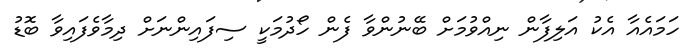
ހަމައެއާ އެކު އަލިފާން ނިއްވުމަށް ބޭނުންވާ ފެން ހޯދުމަކީ ސިފައިންނަށް ދިމާވެފައިވާ ބޮޑު